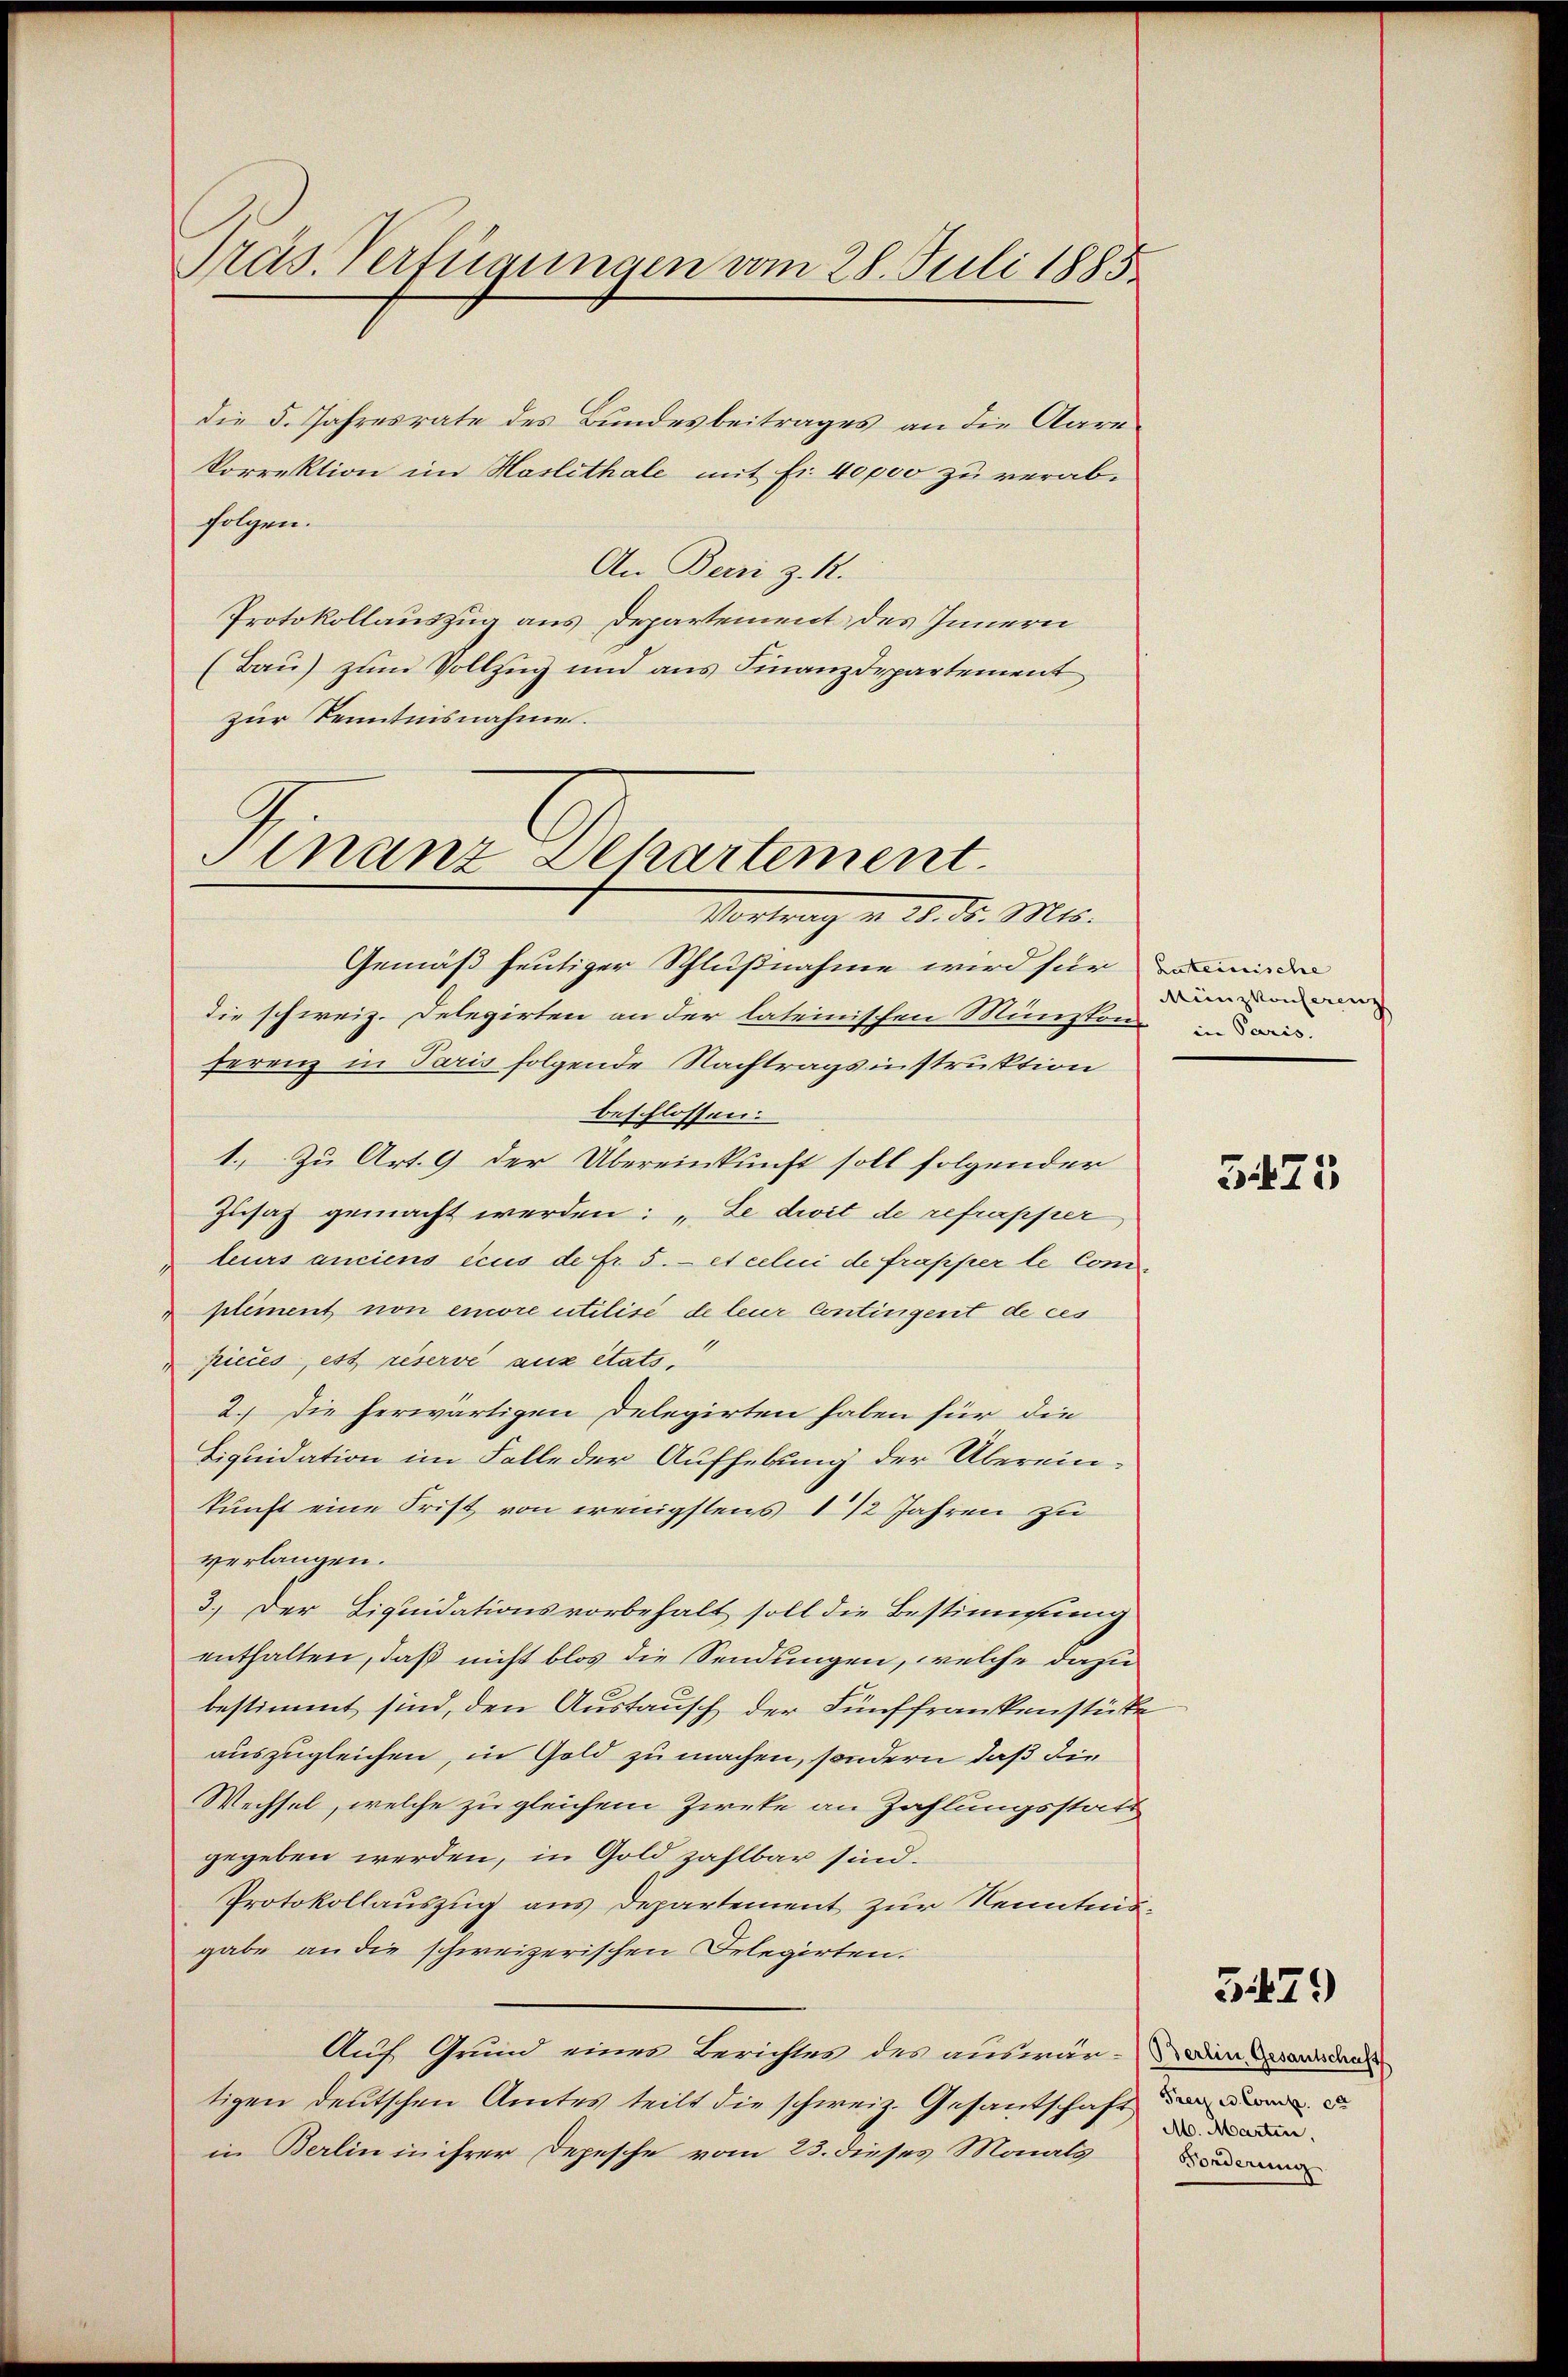
die 5. Jahresrate des Bundesbeitrages an die Aare
korrektion im Haslithale mit fr. 40000 zu verabfolgen.
An Bern z. 12.
Protokollauszug aus Departement des Innern
(Bau) zum Vollzug und aus Finanzdepartement
zur Kenntnisnahme.

Präs. Verfügungen vom 28. Juli 1885

Sinanz Departement
Vortrach u. 28. d. Mts.

Gemäß heutiger Schlußnahme wird für minde
die schweiz. Delegirten an der lateinischen Münzton andes.
ferenz in Paris folgende Nachtragsinstruktion
beschlossen.
1.) Zu Art. 9 der Übereinkunft soll folgender
Zusah gemacht werden: „Le droit de refrapper,
leurs anciens ecus de fr. 5. et celui de frapper le Com
pliment non encore utilisé de leur Contingent de ces
1
pieces, est reserve aux états,
2.) Die herwärtigen Delegirten haben für die
Liquidation im Falle der Aufhebung der Übereinkunft eine Frist von wenigstens 1 1/2 Jahren zu
verlangen.
3.) Der Liquidationsvorbehalt soll die Bestimmung
enthalten, daß nicht blos die Sendungen, welche dazu
bestimmt sind, den Austausch der Fünffrankenstücke
auszugleichen, in Gold zu machen, sondern daß die
Wechsel, welche zu gleichem Zirke an Zahlungsstatt
gegeben werden, in Gold zahlbar sind.
Protokollauszug aus Departement zur Kenntnisgabe an die schweizerischen Delegirten.
Auf Grund einer Berichtes des auswär-Boden Gesanddank
tigen deutschen Amtes teilt die schweiz. Gesantschaft
in Berlin in ihrer Depesche vom 23. dieses Monats

Münzkonferenz

3475

3479

Frey u. Comp. ca
M. Marten,